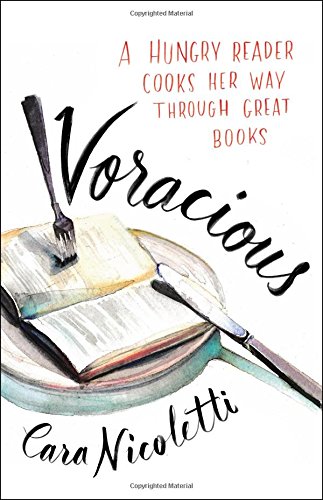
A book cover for Voracious: A Hungry Reader Cooks Her Way through Great Books; Cara Nicoletti; Literature & Fiction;